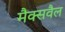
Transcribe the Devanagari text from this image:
मैक्सवैल